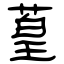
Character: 葟